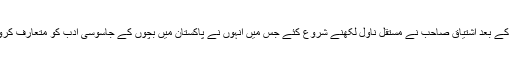
اس کے بعد اشتیاق صاحب نے مستقل ناول لکھنے شروع کئے جس میں انہوں نے پاکستان میں بچوں کے جاسوسی ادب کو متعارف کروایا۔